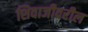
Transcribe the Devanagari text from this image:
शिवाजीवरील